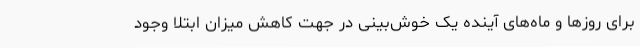
برای روزها و ماه‌های آینده یک خوش‌بینی در جهت کاهش میزان ابتلا وجود